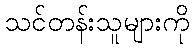
သင်တန်းသူများကို